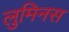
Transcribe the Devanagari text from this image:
लुमिनस